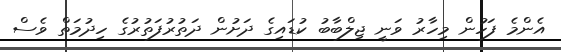
އެންމެ ފަހުން މިހާރު ވަނީ ޖިލްބާބު ކުޑައިގެ ދަށުން ދަތުރުފަތުރުގެ ހިދުމަތް ވެސް